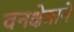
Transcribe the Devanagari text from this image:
वनक्षेत्राने